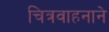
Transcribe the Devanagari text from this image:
चित्रवाहनाने